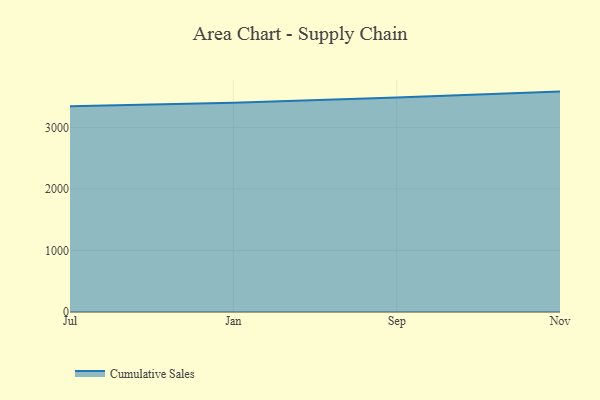
{"axis": {"x": "Month", "y": "Customer Acquisition Cost (USD)"}, "legend": ["Cumulative Sales"], "data": [{"x": "Jul", "y": 3346.4, "type": "Cumulative Sales"}, {"x": "Jan", "y": 3403.9, "type": "Cumulative Sales"}, {"x": "Sep", "y": 3490.1, "type": "Cumulative Sales"}, {"x": "Nov", "y": 3584.2, "type": "Cumulative Sales"}]}